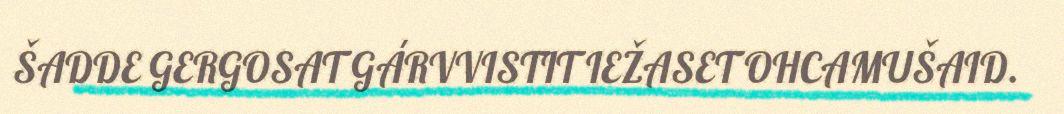
ŠADDE GERGOSAT GÁRVVISTIT IEŽASET OHCAMUŠAID.